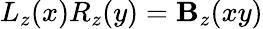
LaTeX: L_{z}(x)R_{z}(y)=\mathbf{B}_{z}(xy)